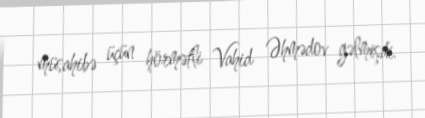
müsahibə üçün hörmətli Vahid Əhmədov gəlmişdi.